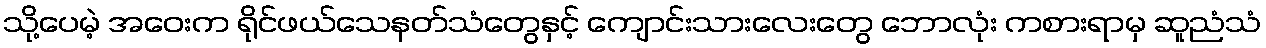
သို့ပေမဲ့ အဝေးက ရိုင်ဖယ်သေနတ်သံတွေနှင့် ကျောင်းသားလေးတွေ ဘောလုံး ကစားရာမှ ဆူညံသံ